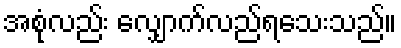
အစုံလည်း လျှောက်လည်ရသေးသည်။